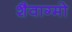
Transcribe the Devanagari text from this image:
शैवाग्मो